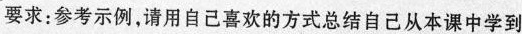
要求：参考示例，请用自己喜欢的方式总结自己从本课中学到